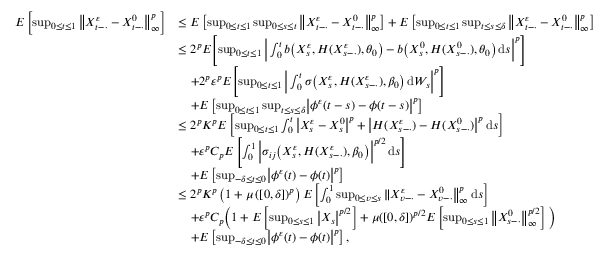
\begin{array} { r l } { E \left[ \operatorname* { s u p } _ { 0 \leq t \leq 1 } \left\| X _ { t - \cdot } ^ { \varepsilon } - X _ { t - \cdot } ^ { 0 } \right\| _ { \infty } ^ { p } \right] } & { \leq E \left[ \operatorname* { s u p } _ { 0 \leq t \leq 1 } \operatorname* { s u p } _ { 0 \leq s \leq t } \big \| X _ { t - \cdot } ^ { \varepsilon } - X _ { t - \cdot } ^ { 0 } \big \| _ { \infty } ^ { p } \right] + E \left[ \operatorname* { s u p } _ { 0 \leq t \leq 1 } \operatorname* { s u p } _ { t \leq s \leq \delta } \big \| X _ { t - \cdot } ^ { \varepsilon } - X _ { t - \cdot } ^ { 0 } \big \| _ { \infty } ^ { p } \right] } \\ & { \leq 2 ^ { p } E \Biggl [ \operatorname* { s u p } _ { 0 \leq t \leq 1 } \bigg | \int _ { 0 } ^ { t } b \big ( X _ { s } ^ { \varepsilon } , H ( X _ { s - \cdot } ^ { \varepsilon } ) , \theta _ { 0 } \big ) - b \big ( X _ { s } ^ { 0 } , H ( X _ { s - \cdot } ^ { 0 } ) , \theta _ { 0 } \big ) \, \mathrm { d } s \bigg | ^ { p } \Biggr ] } \\ & { \quad + 2 ^ { p } \varepsilon ^ { p } E \Biggl [ \operatorname* { s u p } _ { 0 \leq t \leq 1 } \bigg | \int _ { 0 } ^ { t } \sigma \big ( X _ { s } ^ { \varepsilon } , H ( X _ { s - \cdot } ^ { \varepsilon } ) , \beta _ { 0 } \big ) \, \mathrm { d } W _ { s } \bigg | ^ { p } \Biggr ] } \\ & { \quad + E \left[ \operatorname* { s u p } _ { 0 \leq t \leq 1 } \operatorname* { s u p } _ { t \leq s \leq \delta } \bigl | \phi ^ { \varepsilon } ( t - s ) - \phi ( t - s ) \bigr | ^ { p } \right] } \\ & { \leq 2 ^ { p } K ^ { p } E \left[ \operatorname* { s u p } _ { 0 \leq t \leq 1 } \int _ { 0 } ^ { t } \big | X _ { s } ^ { \varepsilon } - X _ { s } ^ { 0 } \big | ^ { p } + \big | H ( X _ { s - \cdot } ^ { \varepsilon } ) - H ( X _ { s - \cdot } ^ { 0 } ) \big | ^ { p } \, \mathrm { d } s \right] } \\ & { \quad + \varepsilon ^ { p } C _ { p } E \left[ \int _ { 0 } ^ { 1 } \Big | \sigma _ { i j } \big ( X _ { s } ^ { \varepsilon } , H ( X _ { s - \cdot } ^ { \varepsilon } ) , \beta _ { 0 } \big ) \Big | ^ { p / 2 } \, \mathrm { d } s \right] } \\ & { \quad + E \left[ \operatorname* { s u p } _ { - \delta \leq t \leq 0 } \bigl | \phi ^ { \varepsilon } ( t ) - \phi ( t ) \bigr | ^ { p } \right] } \\ & { \leq 2 ^ { p } K ^ { p } \left( 1 + \mu \left( [ 0 , \delta ] \right) ^ { p } \right) E \left[ \int _ { 0 } ^ { 1 } \operatorname* { s u p } _ { 0 \leq v \leq s } \| X _ { v - \cdot } ^ { \varepsilon } - X _ { v - \cdot } ^ { 0 } \big \| _ { \infty } ^ { p } \, \mathrm { d } s \right] } \\ & { \quad + \varepsilon ^ { p } C _ { p } \Big ( 1 + E \left[ \operatorname* { s u p } _ { 0 \leq s \leq 1 } \big | X _ { s } \big | ^ { p / 2 } \right] + \mu ( [ 0 , \delta ] ) ^ { p / 2 } E \left[ \operatorname* { s u p } _ { 0 \leq s \leq 1 } \big \| X _ { s - \cdot } ^ { 0 } \big \| _ { \infty } ^ { p / 2 } \right] \Big ) } \\ & { \quad + E \left[ \operatorname* { s u p } _ { - \delta \leq t \leq 0 } \bigl | \phi ^ { \varepsilon } ( t ) - \phi ( t ) \bigr | ^ { p } \right] , } \end{array}